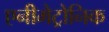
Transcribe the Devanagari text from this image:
एनीमेट्रोनिक